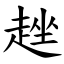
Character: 趖